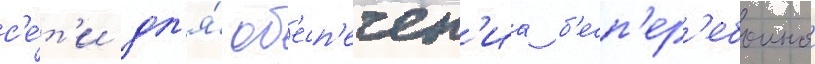
с'е́т'и дл'я́ об'есп'ечен'иа б'есп'ер'ебоинои